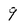
Character: 9